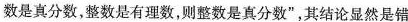
数是真分数，整数是有理数，则整数是真分数”，其结论显然是错